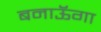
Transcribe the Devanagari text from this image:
बनाऊॅगा